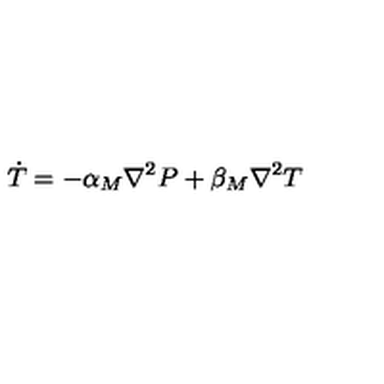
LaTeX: \dot { T } = - \alpha _ { M } \nabla ^ { 2 } P + \beta _ { M } \nabla ^ { 2 } T